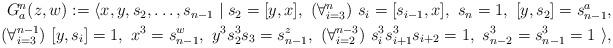
LaTeX: \begin{align*}\begin{aligned}G_a^n(z,w) := \langle x,y,s_2,\ldots,s_{n-1}\mid s_2=\lbrack y,x\rbrack,\ (\forall_{i=3}^n)\ s_i=\lbrack s_{i-1},x\rbrack,\ s_n=1,\ \lbrack y,s_2\rbrack=s_{n-1}^a, \\(\forall_{i=3}^{n-1})\ \lbrack y,s_i\rbrack=1,\ x^3=s_{n-1}^w,\ y^3s_2^3s_3=s_{n-1}^z,\ (\forall_{i=2}^{n-3})\ s_i^3s_{i+1}^3s_{i+2}=1,\ s_{n-2}^3=s_{n-1}^3=1\ \rangle,\end{aligned}\end{align*}